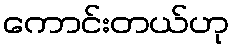
ကောင်းတယ်ဟု